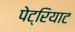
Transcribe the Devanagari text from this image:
पेट्रियाट